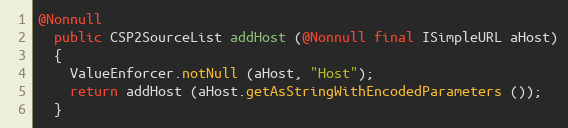
Language: Java
@Nonnull
  public CSP2SourceList addHost (@Nonnull final ISimpleURL aHost)
  {
    ValueEnforcer.notNull (aHost, "Host");
    return addHost (aHost.getAsStringWithEncodedParameters ());
  }